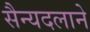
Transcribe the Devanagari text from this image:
सैन्यदलाने